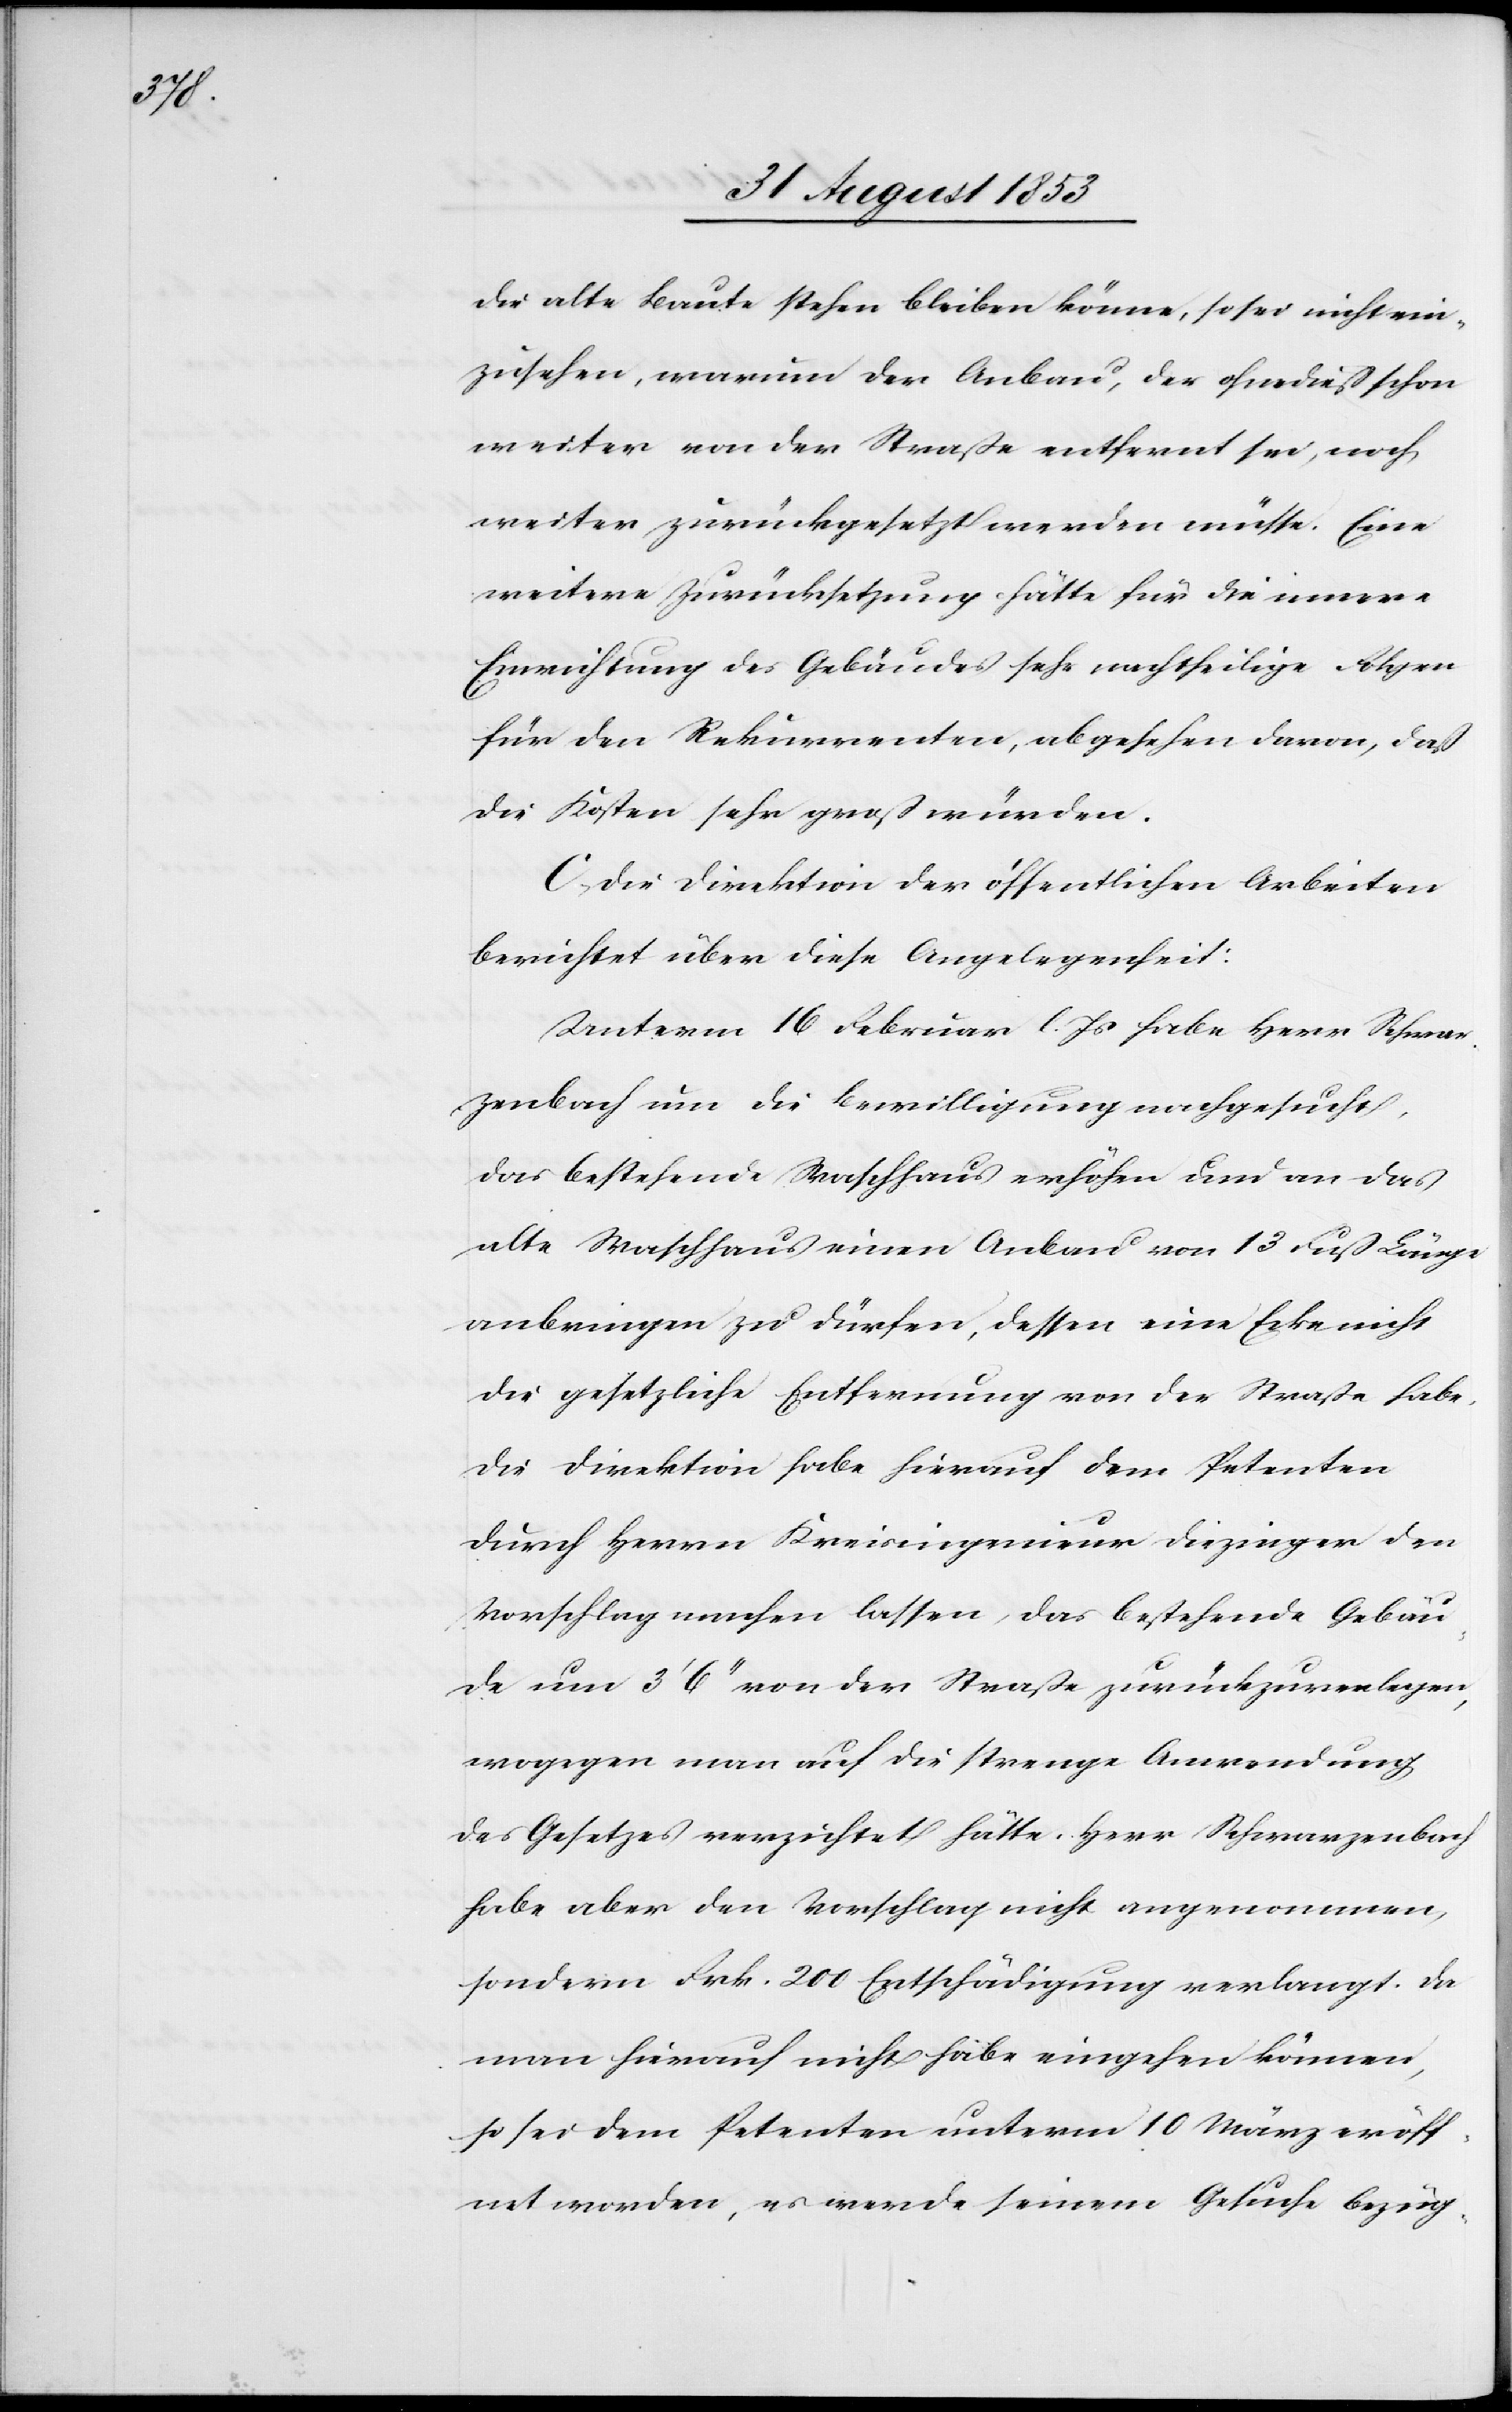
die alte Baute stehen bleiben könne, so sei ein¬
zusehen, warum der Anbau, der ohnedieß schon
weiter von der Straße entfernt sei, noch
weiter zurückgesetzt werden müsse. Eine
weitere Zurücksetzung hätte für die innere
Einrichtung des Gebäudes sehr nachtheilige Folgen
für den Rekurrenten, abgesehen davon, daß
die Kosten sehr groß würden.
C, Die Direktion der öffentlichen Arbeiten
berichtet über diese Angelegenheit:
Unterm 16 Februar l. Js. habe Herr Schwar¬
zenbach um die Bewilligung nachgesucht,
das bestehende Waschhaus erhöhen und an das
alte Waschhaus einen Anbau von 13 Fuß Länge
anbringen zu dürfen, dessen eine Ecke nicht
die gesetzliche Entfernung von der Straße habe.
Die Direktion habe hierauf dem Petenten
durch Herrn Kreisingenieur Dieziniger den
Vorschlag machen lassen, das bestehende Gebäu¬
de um 3’ 6“ von der Straße zurückzuverlegen,
wogegen man auf die strenge Anwendung
des Gesetzes verzichtet hätte. Herr Schwarzenbach
habe aber den Vorschlag nicht angenommen,
sondern Frk. 200 Entschädigung verlangt. Da
man hierauf nicht habe eingehen können,
so sei dem Petenten unterm 10 März eröff¬
net worden, es werde seinem Gesuche bezüg-